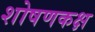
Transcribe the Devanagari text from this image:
शोषणकक्ष